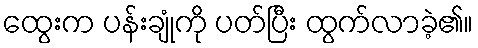
ထွေးက ပန်းချုံကို ပတ်ပြီး ထွက်လာခဲ့၏။